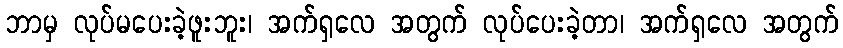
ဘာမှ လုပ်မပေးခဲ့ဖူးဘူး၊ အက်ရှလေ အတွက် လုပ်ပေးခဲ့တာ၊ အက်ရှလေ အတွက်